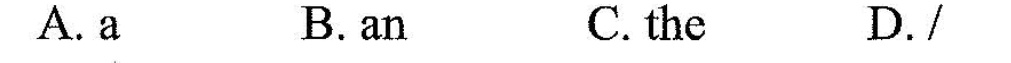
A.a B. an C. the D./